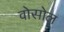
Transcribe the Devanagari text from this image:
वोसोल